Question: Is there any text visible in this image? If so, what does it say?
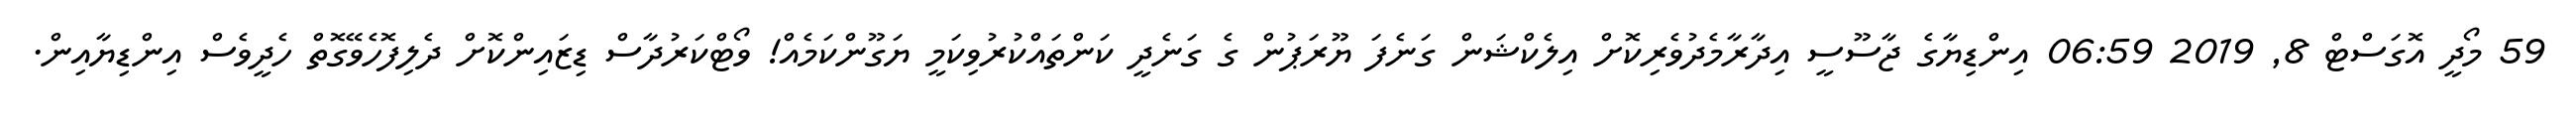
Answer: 59 މޯދީ އޮގަސްޓް 8, 2019 06:59 އިންޑިޔާގެ ޖާސޫސީ އިދާރާމެދުވެރިކޮށް އިލެކްޝަން ގަނެފަ ޔޫރަޕުން ގެ ގަނެދީ ކަންތައްކުރުވިކަމީ ޔަގޫންކަމެއް! ވޯޓްކަރުދާސް ޑިޒައިންކޮށް ދެލިފޮހެވޭގޮތް ހެދީވެސް އިންޑިޔާއިން.